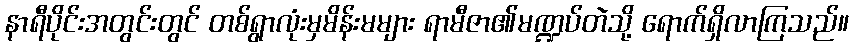
နာရီပိုင်းအတွင်းတွင် တစ်ရွာလုံးမှမိန်းမများ ရာမီဇာ၏မဏ္ဍပ်တဲသို့ ရောက်ရှိလာကြသည်။